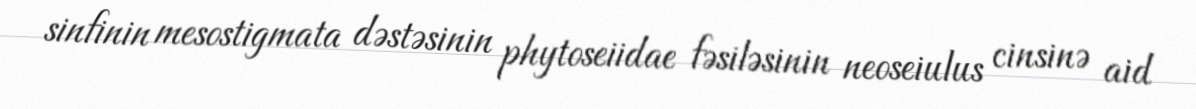
sinfinin mesostigmata dəstəsinin phytoseiidae fəsiləsinin neoseiulus cinsinə aid